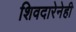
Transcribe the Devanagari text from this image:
शिवदारेनेही